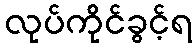
လုပ်ကိုင်ခွင့်ရ